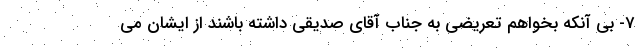
7- بی آنکه بخواهم تعریضی به جناب آقای صدیقی داشته باشند از ایشان می